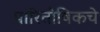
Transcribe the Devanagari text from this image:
पारितोषिकचे